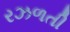
રઝળતી